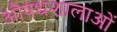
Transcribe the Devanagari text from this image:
औषधशालाओं